Report of the Indian Hemp Drugs Commission, 1894-1895 - Volume V
Year: 1894
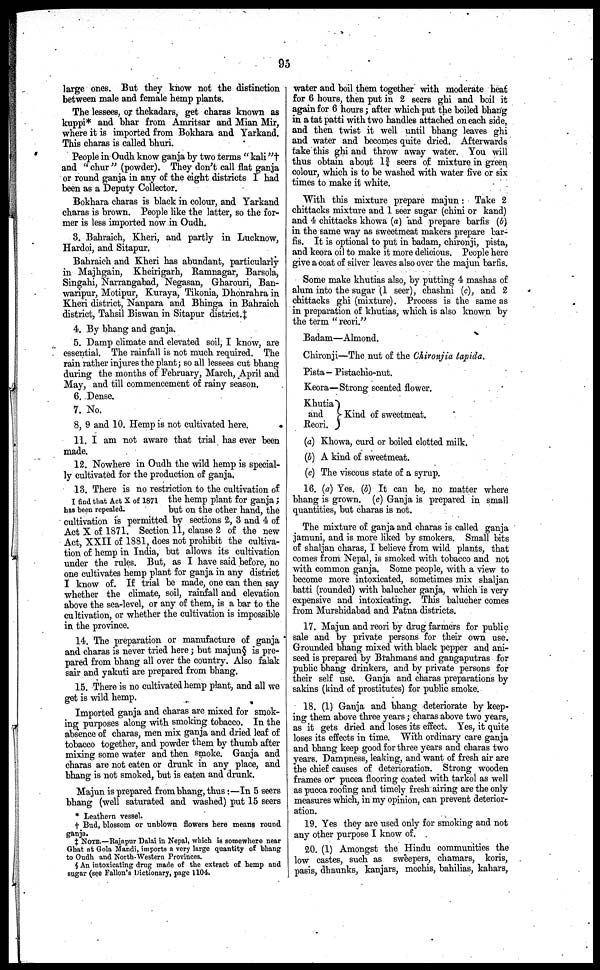
95
large ones. But they know not the distinction
between male and female hemp plants.
The lessees, or thekadars, get charas known as
kuppi* and bhar from Amritsar and Mian Mir,
where it is imported from Bokhara and Yarkand.
This charas is called bhuri.
People in Oudh know ganja by two terms " kali "†
and "chur" (powder). They don't call flat ganja
or round ganja in any of the eight districts I had
been as a Deputy Collector.
Bokhara charas is black in colour, and Yarkand
charas is brown. People like the latter, so the for-
mer is less imported now in Oudh.
3. Bahraich, Kheri, and partly in Lucknow,
Hardoi, and Sitapur.
Bahraich and Kheri has abundant, particularly
in Majhgain, Kheirigarh, Ramnagar, Barsola,
Singahi, Narrangabad, Negasan, Gharouri, Ban-
waripur, Motipur, Kuraya, Tikonia, Dhonrahra in
Kheri district, Nanpara and Bhinga in Bahraich
district, Tahsil Biswan in Sitapur district.‡
4. By bhang and ganja.
5. Damp climate and elevated soil, I know, are
essential. The rainfall is not much required. The I
rain rather injures the plant; so all lessees cut bhang
during the months of February, March, April and
May, and till commencement of rainy season.
6. Dense.
7. No.
8. 9 and 10. Hemp is not cultivated here.
11. I am not aware that trial has ever been
made.
12. Nowhere in Oudh the wild hemp is special-
ly cultivated for the production of ganja.
I find that Act X of 1871
has been repealed.
13. There is no restriction to the cultivation of
the hemp plant for ganja;
but on the other hand, the
cultivation is permitted by sections 2, 3 and 4 of
Act X of 1871. Section 11, clause 2 of the new
Act, XXII of 1881, does not prohibit the cultiva-
tion of hemp in India, but allows its cultivation
under the rules. But, as I have said before, no
one cultivates hemp plant for ganja in any district
I know of. If trial be made, one can then say
whether the climate, soil, rainfall and elevation
above the sea-level, or any of them, is a bar to the
cultivation, or whether the cultivation is impossible
in the province.
14. The preparation or manufacture of ganja
and charas is never tried here; but majun§ is pre-
pared from bhang all over the country. Also falak
sair and yakuti are prepared from bhang.
15. There is no cultivated hemp plant, and all we
got is wild hemp.
Imported ganja and charas are mixed for smok-
ing purposes along with smoking tobacco. In the
absence of charas, men mix ganja and dried leaf of
tobacco together, and powder them by thumb after
mixing some water and then smoke. Ganja and
charas are not eaten or drunk in any place, and
bhang is not smoked, but is eaten and drunk.
Majun is prepared from bhang, thus:—In 5 seers
bhang (well saturated and washed) put 15 seers
* Leathern vessel.
† Bud, blossom or unblown flowers hero means round
ganja.
‡ NOTE.—Rajapur Dalai in Nepal, which is somewhere near
Ghat at Gola Mandi, imports a very large quantity of bhang
to Oudh and North-Western Provinces.
§ An intoxicating drug made of the extract of hemp and
sugar (see Fallon's dictionary, page 1104.
water and boil them together with moderate heat
for 6 hours, then put in 2 seers ghi and boil it
again for 6 hours; after which put the boiled bhang
in a tat patti with two handles attached on each side,
and then twist it well until bhang leaves ghi
and water and becomes quite dried. Afterwards
take this ghi and throw away water. You will
thus obtain about 1¾ seers of mixture in green
colour, which is to be washed with water five or six
times to make it white.
With this mixture prepare majun: Take 2
chittacks mixture and 1 seer sugar (chini or kand)
and 4 chittacks khowa (a) and prepare barfis (b)
in the same way as sweetmeat makers prepare bar-
fis. It is optional to put in badam, chironji, pista,
and keora oil to make it more delicious. People here
give a coat of silver leaves also over the majun barfis.
Some make khutias also, by putting 4 mashas of
alum into the sugar (1 seer), chashni (c), and 2
chittacks ghi (mixture). Process is the same as
in preparation of khutias, which is also known by
the term " reori."
Badam—Almond.
Chironji—The nut of the Chironjia tapida.
Pista—Pistachio-nut.
Keora—Strong scented flower.
Khutia
and
Kind of sweetmeat.
Reori.
(a) Khowa, curd or boiled clotted milk.
(b) A kind of sweetmeat.
(c) The viscous state of a syrup.
16. (a) Yes. (b) It can be, no matter where
bhang is grown. (c) Ganja is prepared in small
quantities, but charas is not.
The mixture of ganja and charas is called ganja
jamuni, and is more liked by smokers. Small bits
of shaljan charas, I believe from wild plants, that
comes from Nepal, is smoked with tobacco and not
with common ganja. Some people, with a view to
become more intoxicated, sometimes mix shaljan
batti (rounded) with balucher ganja, which is very
expensive and intoxicating. This balucher comes
from Murshidabad and Patna districts.
17. Majun and reori by drug farmers for public
sale and by private persons for their own use.
Grounded bhang mixed with black pepper and ani-
seed is prepared by Brahmans and gangaputras for
public bhang drinkers, and by private persons for
their self use. Ganja and charas preparations by
sakins (kind of prostitutes) for public smoke.
18. (1) Ganja and bhang deteriorate by keep-
ing them above three years; charas above two years,
as it gets dried and loses its effect. Yes, it quite
loses its effects in time. With ordinary care ganja
and bhang keep good for three years and charas two
years. Dampness, leaking, and want of fresh air are
the chief causes of deterioration. Strong wooden
frames or pucca flooring coated with tarkol as well
as pucca roofing and timely fresh airing are the only
measures which, in my opinion, can prevent deterior-
ation.
19. Yes they are used only for smoking and not
any other purpose I know of.
20. (1) Amongst the Hindu communities the
low castes, such as sweepers, chamars, koris,
pasis, dhaunks, kanjars, mochis, bahilias, kahars,